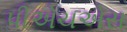
પીએચએસ